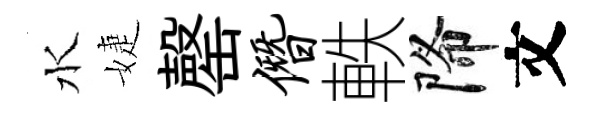
水婕罄僭軼降文